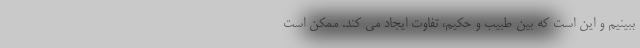
ببینیم و این است که بین طبیب و حکیم، تفاوت ایجاد می کند. ممکن است